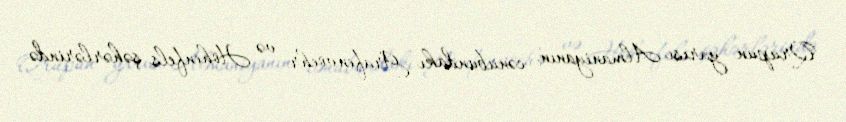
Qrupun yarısı Almaniyanın cənubundakı Grafenvoehr və Hohenfels şəhərlərində